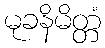
မုခနိမိတ္တံ